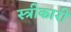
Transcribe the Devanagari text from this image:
स्त्रीकारी